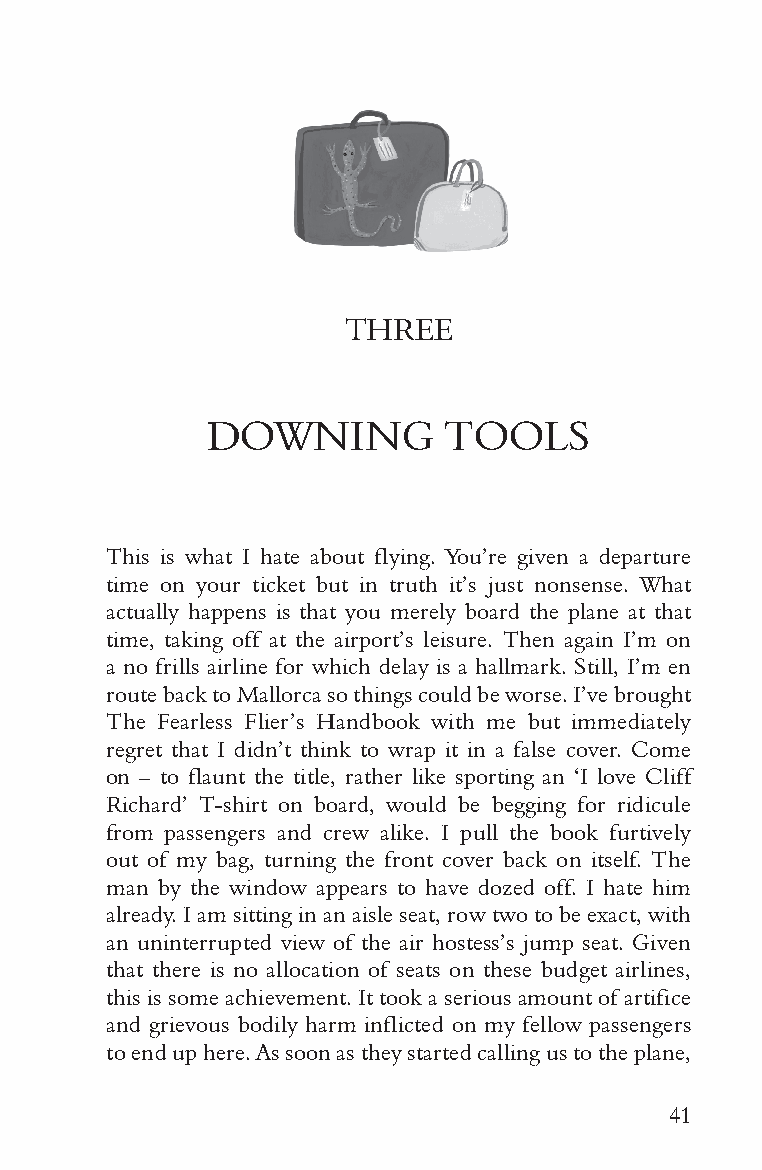
THREE
 DOWNING        TOOLS
 This is what I hate about flying. You’re given a departure
 time on your ticket but in truth it’s just nonsense. What
 actually happens is that you merely board the plane at that
 time, taking off at the airport’s leisure. Then again I’m on
 a no frills airline for which delay is a hallmark. Still, I’m en
 route back to Mallorca so things could be worse. I’ve brought
 The Fearless Flier’s Handbook with me but immediately
 regret that I didn’t think to wrap it in a false cover. Come
 on – to flaunt the title, rather like sporting an ‘I love Cliff
 Richard’ T-shirt on board, would be begging for ridicule
 from passengers and crew alike. I pull the book furtively
 out of my bag, turning the front cover back on itself. The
 man by the window appears to have dozed off. I hate him
 already. I am sitting in an aisle seat, row two to be exact, with
 an uninterrupted view of the air hostess’s jump seat. Given
 that there is no allocation of seats on these budget airlines,
 this is some achievement. It took a serious amount of artifice
 and grievous bodily harm inflicted on my fellow passengers
 to end up here. As soon as they started calling us to the plane,
 41